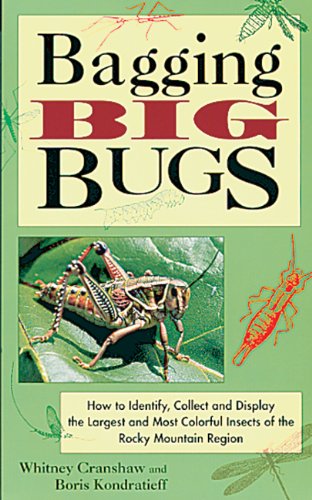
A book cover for Bagging Big Bugs: How to Identify, Collect, and Display the Largest and Most Colorful Insects of the Rocky Mountain Region; Whitney Cranshaw; Sports & Outdoors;